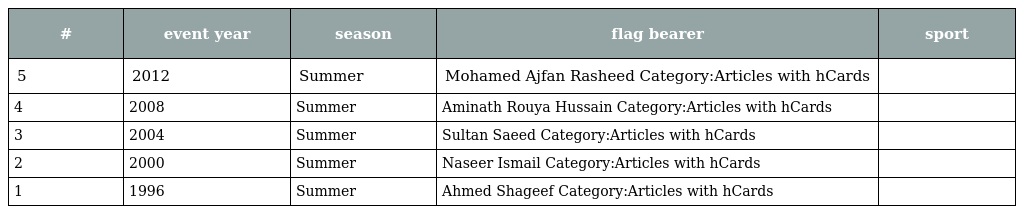
| # | event year | season | flag bearer | sport |
 | --- | --- | --- | --- | --- |
 | 5 | 2012 | Summer | Mohamed Ajfan Rasheed Category:Articles with hCards |  |
 | 4 | 2008 | Summer | Aminath Rouya Hussain Category:Articles with hCards |  |
 | 3 | 2004 | Summer | Sultan Saeed Category:Articles with hCards |  |
 | 2 | 2000 | Summer | Naseer Ismail Category:Articles with hCards |  |
 | 1 | 1996 | Summer | Ahmed Shageef Category:Articles with hCards |  |